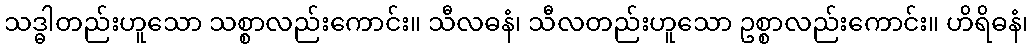
သဒ္ဓါတည်းဟူသော သစ္စာလည်းကောင်း။ သီလဓနံ၊ သီလတည်းဟူသော ဥစ္စာလည်းကောင်း။ ဟိရိဓနံ၊